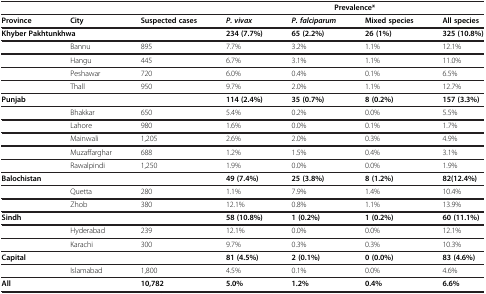
<table><thead><tr><td>[EMPTY_CELL]</td><td>[EMPTY_CELL]</td><td>[EMPTY_CELL]</td><td colspan="4"><b>Prevalence*</b></td></tr></thead><tbody><tr><td><b>Province</b></td><td><b>City</b></td><td><b>Suspected cases</b></td><td><b><i>P. vivax</i></b></td><td><b><i>P. falciparum</i></b></td><td><b>Mixed species</b></td><td><b>All species</b></td></tr><tr><td colspan="2"><b>Khyber Pakhtunkhwa</b></td><td>[EMPTY_CELL]</td><td><b>234 (7.7%)</b></td><td><b>65 (2.2%)</b></td><td><b>26 (1%)</b></td><td><b>325 (10.8%)</b></td></tr><tr><td>[EMPTY_CELL]</td><td>Bannu</td><td>895</td><td>7.7%</td><td>3.2%</td><td>1.1%</td><td>12.1%</td></tr><tr><td>[EMPTY_CELL]</td><td>Hangu</td><td>445</td><td>6.7%</td><td>3.1%</td><td>1.1%</td><td>11.0%</td></tr><tr><td>[EMPTY_CELL]</td><td>Peshawar</td><td>720</td><td>6.0%</td><td>0.4%</td><td>0.1%</td><td>6.5%</td></tr><tr><td>[EMPTY_CELL]</td><td>Thall</td><td>950</td><td>9.7%</td><td>2.0%</td><td>1.1%</td><td>12.7%</td></tr><tr><td><b>Punjab</b></td><td>[EMPTY_CELL]</td><td>[EMPTY_CELL]</td><td><b>114 (2.4%)</b></td><td><b>35 (0.7%)</b></td><td><b>8 (0.2%)</b></td><td><b>157 (3.3%)</b></td></tr><tr><td>[EMPTY_CELL]</td><td>Bhakkar</td><td>650</td><td>5.4%</td><td>0.2%</td><td>0.0%</td><td>5.5%</td></tr><tr><td>[EMPTY_CELL]</td><td>Lahore</td><td>980</td><td>1.6%</td><td>0.0%</td><td>0.1%</td><td>1.7%</td></tr><tr><td>[EMPTY_CELL]</td><td>Mainwali</td><td>1,205</td><td>2.6%</td><td>2.0%</td><td>0.3%</td><td>4.9%</td></tr><tr><td>[EMPTY_CELL]</td><td>Muzaffarghar</td><td>688</td><td>1.2%</td><td>1.5%</td><td>0.4%</td><td>3.1%</td></tr><tr><td>[EMPTY_CELL]</td><td>Rawalpindi</td><td>1,250</td><td>1.9%</td><td>0.0%</td><td>0.0%</td><td>1.9%</td></tr><tr><td><b>Balochistan</b></td><td>[EMPTY_CELL]</td><td>[EMPTY_CELL]</td><td><b>49 (7.4%)</b></td><td><b>25 (3.8%)</b></td><td><b>8 (1.2%)</b></td><td><b>82(12.4%)</b></td></tr><tr><td>[EMPTY_CELL]</td><td>Quetta</td><td>280</td><td>1.1%</td><td>7.9%</td><td>1.4%</td><td>10.4%</td></tr><tr><td>[EMPTY_CELL]</td><td>Zhob</td><td>380</td><td>12.1%</td><td>0.8%</td><td>1.1%</td><td>13.9%</td></tr><tr><td><b>Sindh</b></td><td>[EMPTY_CELL]</td><td>[EMPTY_CELL]</td><td><b>58 (10.8%)</b></td><td><b>1 (0.2%)</b></td><td><b>1 (0.2%)</b></td><td><b>60 (11.1%)</b></td></tr><tr><td>[EMPTY_CELL]</td><td>Hyderabad</td><td>239</td><td>12.1%</td><td>0.0%</td><td>0.0%</td><td>12.1%</td></tr><tr><td>[EMPTY_CELL]</td><td>Karachi</td><td>300</td><td>9.7%</td><td>0.3%</td><td>0.3%</td><td>10.3%</td></tr><tr><td><b>Capital</b></td><td>[EMPTY_CELL]</td><td>[EMPTY_CELL]</td><td><b>81 (4.5%)</b></td><td><b>2 (0.1%)</b></td><td><b>0 (0.0%)</b></td><td><b>83 (4.6%)</b></td></tr><tr><td>[EMPTY_CELL]</td><td>Islamabad</td><td>1,800</td><td>4.5%</td><td>0.1%</td><td>0.0%</td><td>4.6%</td></tr><tr><td><b>All</b></td><td>[EMPTY_CELL]</td><td><b>10,782</b></td><td><b>5.0%</b></td><td><b>1.2%</b></td><td><b>0.4%</b></td><td><b>6.6%</b></td></tr></tbody></table>